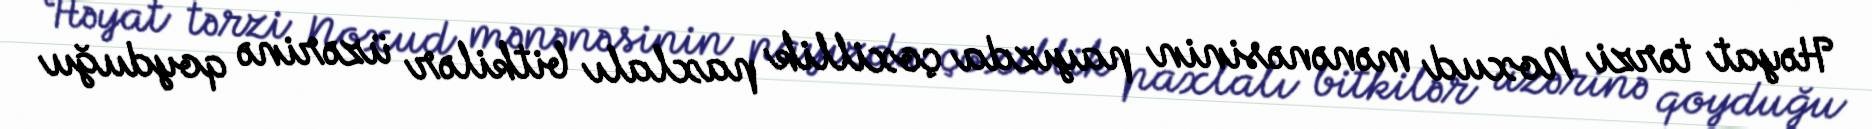
Həyat tərzi Noxud mənənəsinin payızda çoxillik paxlalı bitkilər üzərinə qoyduğu